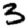
Digit: 3